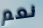
نعم